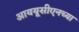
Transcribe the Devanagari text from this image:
आययूसीएनच्या